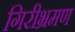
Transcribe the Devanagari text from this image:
गिरीभ्रमण